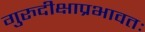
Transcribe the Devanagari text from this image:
गुरुदीक्षाप्रभावतः